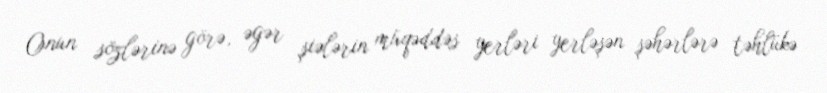
Onun sözlərinə görə, əgər şiələrin müqəddəs yerləri yerləşən şəhərlərə təhlükə